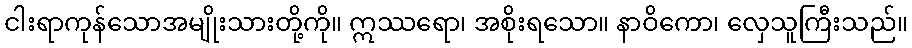
ငါးရာကုန်သောအမျိုးသားတို့ကို။ ဣဿရော၊ အစိုးရသော။ နာဝိကော၊ လှေသူကြီးသည်။